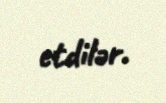
etdilər.